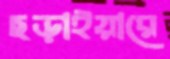
ছড়াইয়ারে